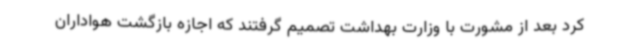
کرد بعد از مشورت با وزارت بهداشت تصمیم گرفتند که اجازه بازگشت هواداران